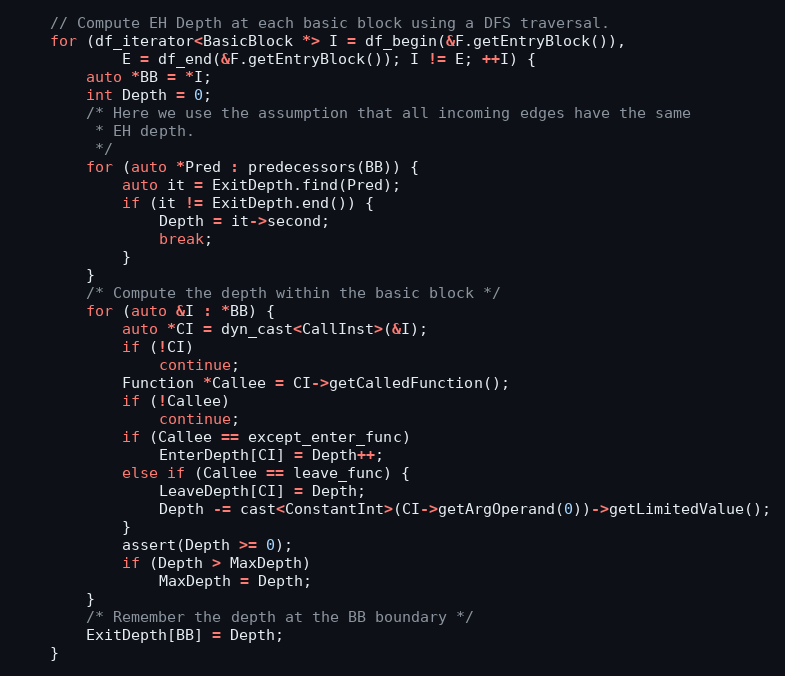
Language: C++
    // Compute EH Depth at each basic block using a DFS traversal.
    for (df_iterator<BasicBlock *> I = df_begin(&F.getEntryBlock()),
            E = df_end(&F.getEntryBlock()); I != E; ++I) {
        auto *BB = *I;
        int Depth = 0;
        /* Here we use the assumption that all incoming edges have the same
         * EH depth.
         */
        for (auto *Pred : predecessors(BB)) {
            auto it = ExitDepth.find(Pred);
            if (it != ExitDepth.end()) {
                Depth = it->second;
                break;
            }
        }
        /* Compute the depth within the basic block */
        for (auto &I : *BB) {
            auto *CI = dyn_cast<CallInst>(&I);
            if (!CI)
                continue;
            Function *Callee = CI->getCalledFunction();
            if (!Callee)
                continue;
            if (Callee == except_enter_func)
                EnterDepth[CI] = Depth++;
            else if (Callee == leave_func) {
                LeaveDepth[CI] = Depth;
                Depth -= cast<ConstantInt>(CI->getArgOperand(0))->getLimitedValue();
            }
            assert(Depth >= 0);
            if (Depth > MaxDepth)
                MaxDepth = Depth;
        }
        /* Remember the depth at the BB boundary */
        ExitDepth[BB] = Depth;
    }